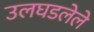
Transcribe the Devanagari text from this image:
उलघडलेले